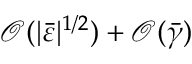
\mathcal { O } ( \vert \bar { \varepsilon } \vert ^ { 1 / 2 } ) + \mathcal { O } ( \bar { \gamma } )